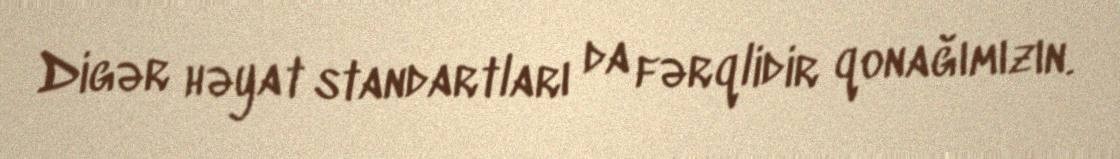
Digər həyat standartları da fərqlidir qonağımızın.